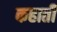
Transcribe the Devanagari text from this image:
कहाती